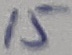
Text: 15